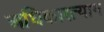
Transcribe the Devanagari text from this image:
अधिकारत्याग